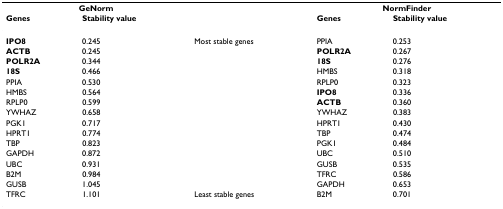
<table><thead><tr><td colspan="2"><b>GeNorm</b></td><td></td><td colspan="2"><b>NormFinder</b></td></tr><tr><td><b>Genes</b></td><td><b>Stability value</b></td><td></td><td><b>Genes</b></td><td><b>Stability value</b></td></tr></thead><tbody><tr><td><b>IPO8</b></td><td>0.245</td><td>Most stable genes</td><td>PPIA</td><td>0.253</td></tr><tr><td><b>ACTB</b></td><td>0.245</td><td></td><td><b>POLR2A</b></td><td>0.267</td></tr><tr><td><b>POLR2A</b></td><td>0.344</td><td></td><td><b>18S</b></td><td>0.276</td></tr><tr><td><b>18S</b></td><td>0.466</td><td></td><td>HMBS</td><td>0.318</td></tr><tr><td>PPIA</td><td>0.530</td><td></td><td>RPLP0</td><td>0.323</td></tr><tr><td>HMBS</td><td>0.564</td><td></td><td><b>IPO8</b></td><td>0.336</td></tr><tr><td>RPLP0</td><td>0.599</td><td></td><td><b>ACTB</b></td><td>0.360</td></tr><tr><td>YWHAZ</td><td>0.658</td><td></td><td>YWHAZ</td><td>0.383</td></tr><tr><td>PGK1</td><td>0.717</td><td></td><td>HPRT1</td><td>0.430</td></tr><tr><td>HPRT1</td><td>0.774</td><td></td><td>TBP</td><td>0.474</td></tr><tr><td>TBP</td><td>0.823</td><td></td><td>PGK1</td><td>0.484</td></tr><tr><td>GAPDH</td><td>0.872</td><td></td><td>UBC</td><td>0.510</td></tr><tr><td>UBC</td><td>0.931</td><td></td><td>GUSB</td><td>0.535</td></tr><tr><td>B2M</td><td>0.984</td><td></td><td>TFRC</td><td>0.586</td></tr><tr><td>GUSB</td><td>1.045</td><td></td><td>GAPDH</td><td>0.653</td></tr><tr><td>TFRC</td><td>1.101</td><td>Least stable genes</td><td>B2M</td><td>0.701</td></tr></tbody></table>